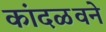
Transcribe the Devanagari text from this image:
कांदळवने